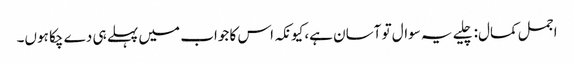
اجمل کمال:چلیے یہ سوال تو آسان ہے، کیونکہ اس کا جواب میں پہلے ہی دے چکا ہوں۔